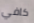
كافي